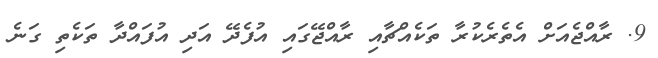
9. ރާއްޖެއަށް އެތެރެކުރާ ތަކެއްޗާއި ރާއްޖޭގައި އުފެދޭ އަދި އުފައްދާ ތަކެތި ގަނެ